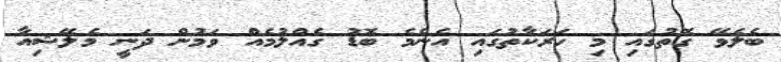
ބެލެވޭ ގޮތުގައި މި ހަރަކާތުގައި އެންމެ ބޮޑު ގެއްލުމެއް ވަމުން ދަނީ މެލޭޝިއާ